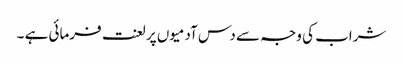
شراب کی وجہ سے دس آدمیوں پر لعنت فرمائی ہے ۔